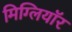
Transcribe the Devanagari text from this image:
मिग्लियॉर